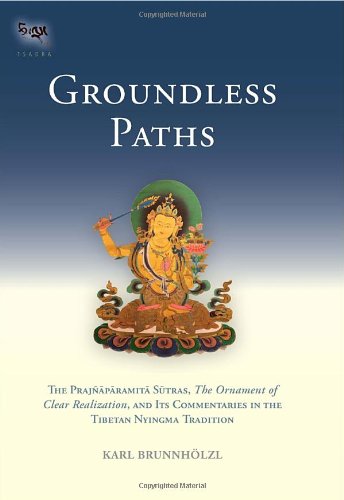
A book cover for Groundless Paths: The Prajnaparamita Sutras, The Ornament of Clear Realization, and Its Commentaries in the Tibetan Nyingma Tradition (Tsadra); Karl Brunnholzl; Religion & Spirituality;